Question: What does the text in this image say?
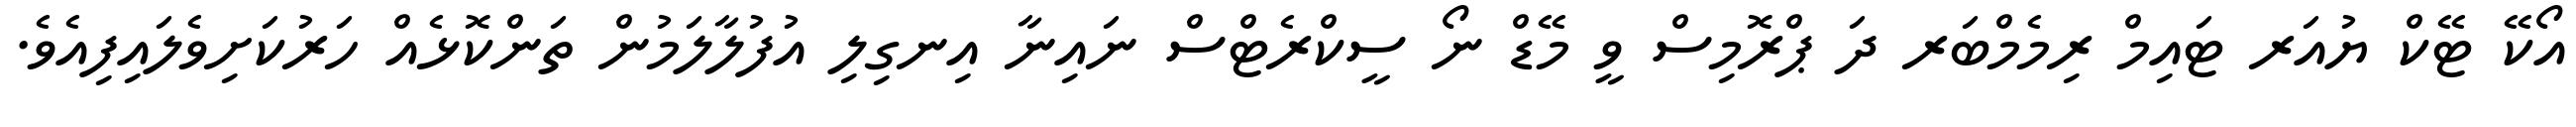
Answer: އޯކޭ ޓޭކް ޔުއަރ ޓައިމް ރިމެމްބަރ ދަ ޕްރޮމިސް ވީ މޭޑް ނޯ ސީކްރެޓްސް ނައިނާ އިނގިލި އުފުލާލަމުން ތަންކޮޅެއް ހަރުކަށިވެލައިފިއެވެ.